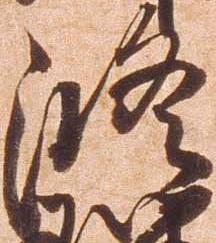
修